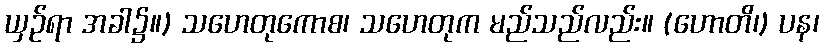
ယှဉ်ရာ အခါ၌။) သဟေတုကောစ၊ သဟေတုက မည်သည်လည်း။ (ဟောတိ၊) ပန၊